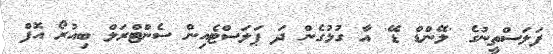
ފަލަސްތީނުގެ 'ލޭންޑް ޑޭ' އާ ގުޅުގެން ދަ ޕަލަސްޓެއިން ސެންޓްރަލް ބިއުރޯ އޮފް